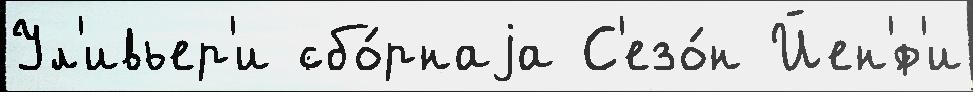
Ул'ивьер'и сбо́рнаjа С'езо́н Йен'́ф'и